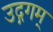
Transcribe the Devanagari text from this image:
उद्गगम्